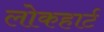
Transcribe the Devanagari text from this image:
लोकहार्ट